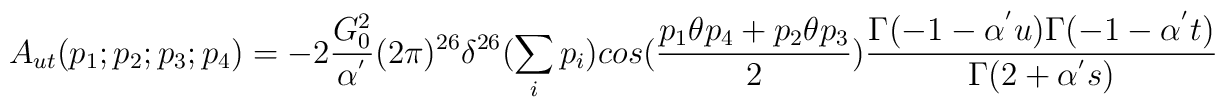
A_{ut}(p_1;p_2;p_3;p_4)=-2\frac{G^2_0}{\alpha^{'}}(2\pi)^{26}\delta^{26}(\sum_i p_i)cos(\frac{p_1\theta p_4+p_2\theta  p_3}{2})\frac{\Gamma(-1-\alpha^{'}u)\Gamma(-1-\alpha^{'}t)}{\Gamma(2+\alpha^{'}s)}